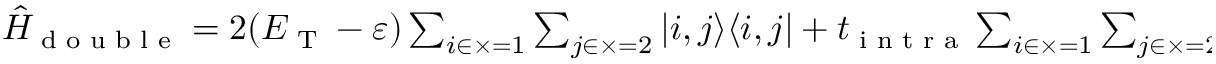
\begin{array} { r } { \hat { H } _ { \textrm { d o u b l e } } = 2 ( E _ { \textrm { T } } - \varepsilon ) \sum _ { i \in \times = 1 } \sum _ { j \in \times = 2 } \left| i , j \rangle \langle i , j \right| + t _ { \textrm { i n t r a } } \sum _ { i \in \times = 1 } \sum _ { j \in \times = 2 } \left[ \left( \left| i \pm 1 , j \rangle \langle i , j \right| + \textrm { H . C . } \right) + \left( \left| i , j \pm 1 \rangle \langle i , j \right| + \textrm { H . C . } \right) \right] . } \end{array}